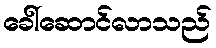
ခေါ်ဆောင်လာသည်